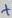
Text: +